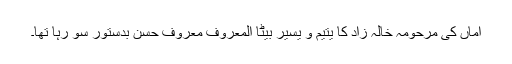
اماں کی مرحومہ خالہ زاد کا یتیم و یسیر بیٹا المعروف معروف حسن بدستور سو رہا تھا۔